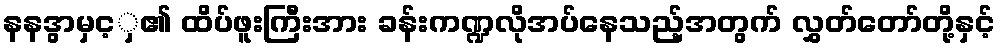
နနဒွာမှင့ှ၏ ထိပ်ဖူးကြီးအား ခန်းကဏ္ဍလိုအပ်နေသည့်အတွက် လွှတ်တော်တို့နှင့်